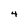
Character: 4